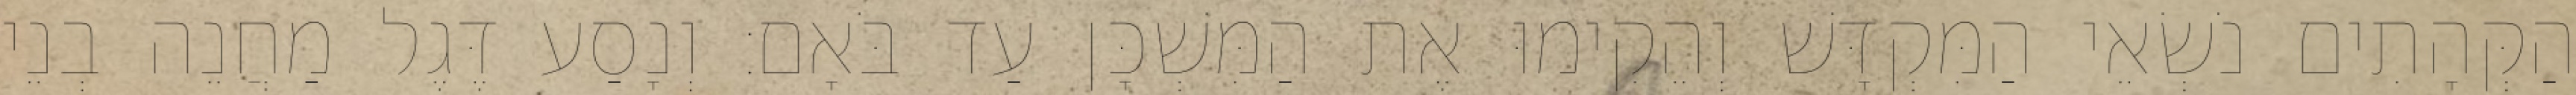
הַקְּהָתִים נֹשְׂאֵי הַמִּקְדָּשׁ וְהֵקִימוּ אֶת הַמִּשְׁכָּן עַד בֹּאָם׃ וְנָסַע דֶּגֶל מַחֲנֵה בְנֵי